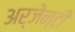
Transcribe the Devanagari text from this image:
अर्जेन्टी